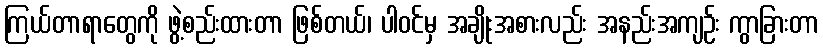
ကြယ်တာရာတွေကို ဖွဲ့စည်းထားတာ ဖြစ်တယ်၊ ပါဝင်မှ အချိုးအစားလည်း အနည်းအကျဉ်း ကွာခြားတာ